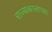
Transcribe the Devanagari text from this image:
राज्यकालाच्या